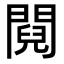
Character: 䦧